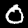
Digit: 0